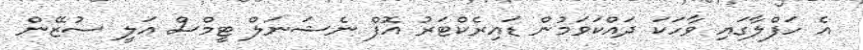
އެ ހަފްލާގައި ވާހަކަ ދައްކަވަމުން ޑައިރެކްޓަރު އޮފް ނެޝަނަލް ޓީމްސް އަލީ ސުޒޭން